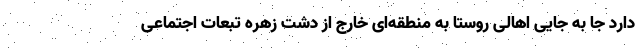
دارد جا به جایی اهالی روستا به منطقه‌ای خارج از دشت زهره تبعات اجتماعی